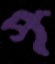
প